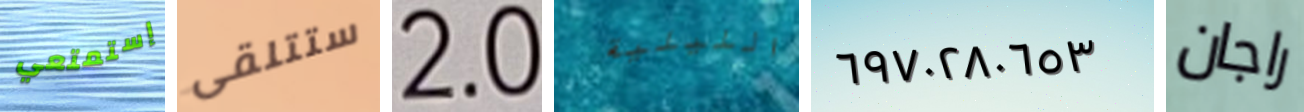
إستمتعي ستتلقى 2.0 الليلية ٦٩٧٠٢٨٠٦٥٣ راجان